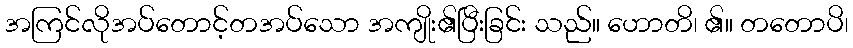
အကြင်လိုအပ်တောင့်တအပ်သော အကျိုး၏ပြီးခြင်း သည်။ ဟောတိ၊ ၏။ တတောပိ၊